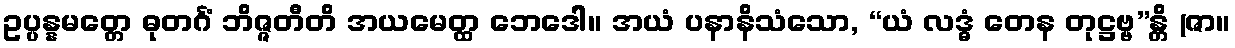
ဥပ္ပန္နမတ္တေ ဓုတင်္ဂံ ဘိဇ္ဇတီတိ အယမေတ္ထ ဘေဒေါ။ အယံ ပနာနိသံသော, “ယံ လဒ္ဓံ တေန တုဋ္ဌဗ္ဗ”န္တိ (ဇာ။